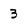
Character: 3